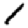
Digit: 1